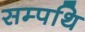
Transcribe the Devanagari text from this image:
सम्पथि